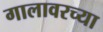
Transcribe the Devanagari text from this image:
गालावरच्या